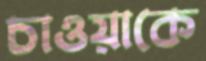
চাওয়াকে